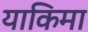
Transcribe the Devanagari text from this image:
याकिमा